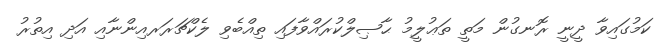
ކަމުގައިވާ ދީނީ ރޮނގުން މަތީ ތަޢުލީމު ޙާޞިލްކުރައްވާފައި ތިއްބެވި ލެކްޗަރަރއިންނާއި އަދި އިތުރު